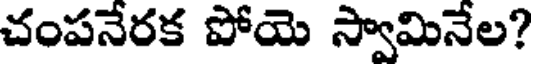
చంపనేరక పోయె స్వామినేల?